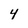
Character: 4